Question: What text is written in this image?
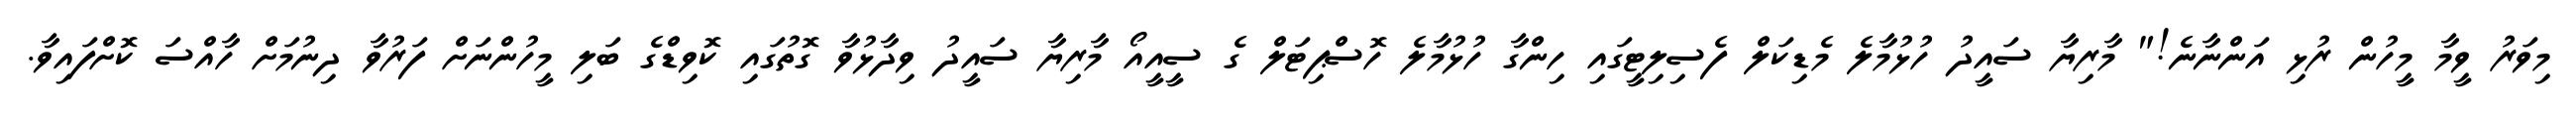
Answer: މިވަރު ވީމާ މީހުން ރުޅި އަންނާނެ!" މާރިޔާ ސައީދު ހުޅުމާލެ މެޑިކަލް ފެސިލިޓީގައި ހިންގާ ހުޅުމާލެ ހޮސްޕިޓަލް ގެ ސީއީއޯ މާރިޔާ ސައީދު ވިދާޅުވާ ގޮތުގައި ކޮވިޑްގެ ބަލި މީހުންނަށް ފަރުވާ ދިނުމަށް ހާއްސަ ކޮށްފައިވާ.